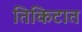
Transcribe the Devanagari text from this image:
तिकिटात